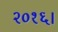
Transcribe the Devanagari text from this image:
२०१६।